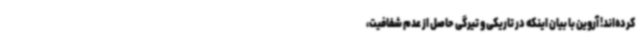
کرده‌اند! آروین با بیان اینکه در تاریکی و تیرگی حاصل از عدم شفافیت،